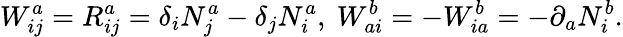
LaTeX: W_{ij}^{a}=R_{ij}^{a}=\delta_{i}N_{j}^{a}-\delta_{j}N_{i}^{a},~W_{ai}^{b}=-W_{ia}^{b}=-\partial_{a}N_{i}^{b}.